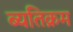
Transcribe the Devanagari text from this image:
ब्यतिक्रम